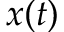
x ( t )